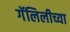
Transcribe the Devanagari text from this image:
गॅलिलीच्या